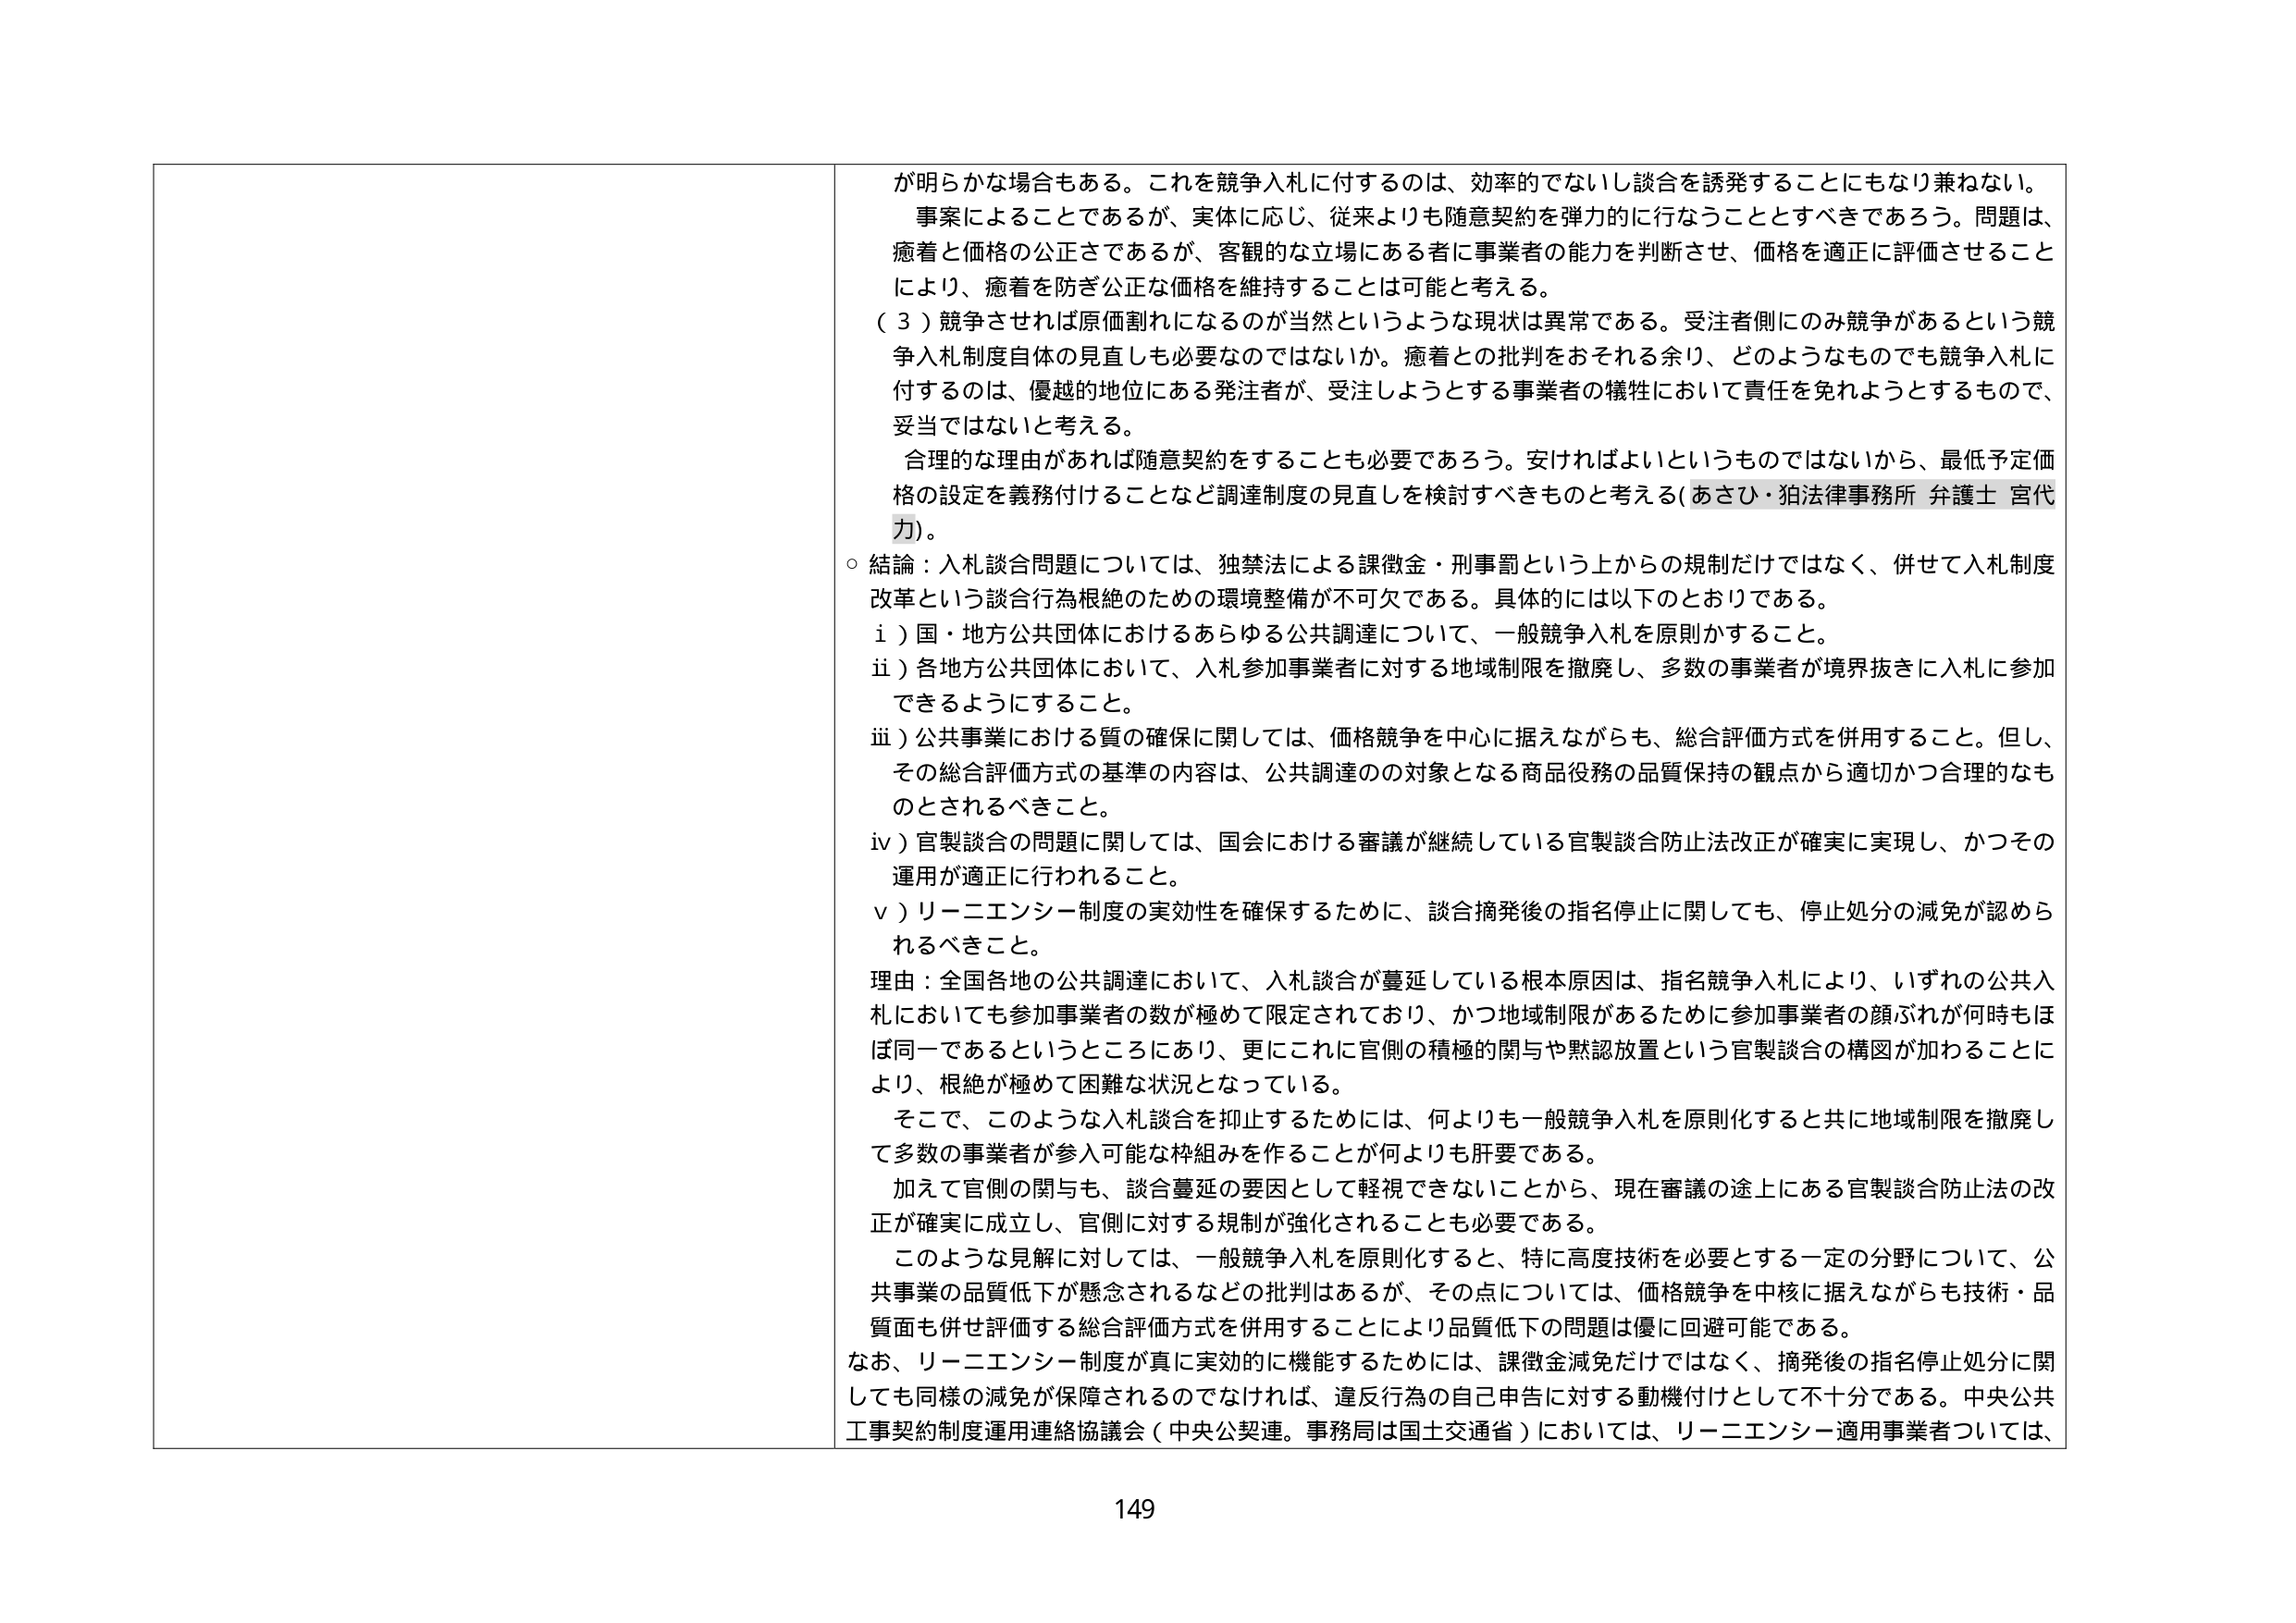
が明らかな場合もある。これを競争入札に付するのは、効率的でないし談合を誘発することにもなり兼ねない。
事案によることであるが、実体に応じ、従来よりも随意契約を弾力的に行なうこととすべきであろう。問題は、
癒着と価格の公正さであるが、客観的な立場にある者に事業者の能力を判断させ、価格を適正に評価させること
により、癒着を防ぎ公正な価格を維持することは可能と考える。
（３）競争させれば原価割れになるのが当然というような現状は異常である。受注者側にのみ競争があるという競
争入札制度自体の見直しも必要なのではないか。癒着との批判をおそれる余り、どのようなものでも競争入札に
付するのは、優越的地位にある発注者が、受注しようとする事業者の犠牲において責任を免れようとするもので、
妥当ではないと考える。
合理的な理由があれば随意契約をすることも必要であろう。安ければよいというものではないから、最低予定価
格の設定を義務付けることなど調達制度の見直しを検討すべきものと考える（あさひ・狛法律事務所 弁護士 宮代
力）。
○ 結論：入札談合問題については、独禁法による課徴金・刑事罰という上からの規制だけではなく、併せて入札制度
改革という談合行為根絶のための環境整備が不可欠である。具体的には以下のとおりである。
ⅰ）国・地方公共団体におけるあらゆる公共調達について、一般競争入札を原則かすること。
ⅱ）各地方公共団体において、入札参加事業者に対する地域制限を撤廃し、多数の事業者が境界抜きに入札に参加
できるようにすること。
ⅲ）公共事業における質の確保に関しては、価格競争を中心に据えながらも、総合評価方式を併用すること。但し、
その総合評価方式の基準の内容は、公共調達の対象となる商品役務の品質保持の観点から適切かつ合理的なも
のとされるべきこと。
ⅳ）官製談合の問題に関しては、国会における審議が継続している官製談合防止法改正が確実に実現し、かつその
運用が適正に行われること。
ⅴ）リーニエンシー制度の実効性を確保するために、談合摘発後の指名停止に関しても、停止処分の減免が認めら
れるべきこと。
理由：全国各地の公共調達において、入札談合が蔓延している根本原因は、指名競争入札により、いずれの公共入
札においても参加事業者の数が極めて限定されており、かつ地域制限があるために参加事業者の顔ぶれが何時もほ
ぼ同一であるというところにあり、更にこれに官側の積極的関与や黙認放置という官製談合の構図が加わることに
より、根絶が極めて困難な状況となっている。
そこで、このような入札談合を抑止するためには、何よりも一般競争入札を原則化すると共に地域制限を撤廃し
て多数の事業者が参入可能な枠組みを作ることが何よりも肝要である。
加えて官側の関与も、談合蔓延の要因として軽視できないことから、現在審議の途上にある官製談合防止法の改
正が確実に成立し、官側に対する規制が強化されることも必要である。
このような見解に対しては、一般競争入札を原則化すると、特に高度技術を必要とする一定の分野について、公
共事業の品質低下が懸念されるなどの批判はあるが、その点については、価格競争を中核に据えながらも技術・品
質面も併せ評価する総合評価方式を併用することにより品質低下の問題は優に回避可能である。
なお、リーニエンシー制度が真に実効的に機能するためには、課徴金減免だけではなく、摘発後の指名停止処分に関
しても同様の減免が保障されるのでなければ、違反行為の自己申告に対する動機付けとして不十分である。中央公共
工事契約制度運用連絡協議会（中央公契連。事務局は国土交通省）においては、リーニエンシー適用事業者については、
149